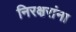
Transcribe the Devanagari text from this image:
निरक्षरांना